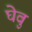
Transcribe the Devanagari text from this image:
घेवु